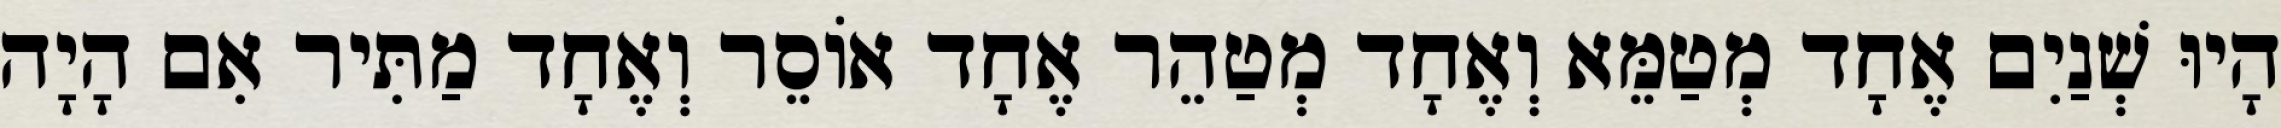
הָיוּ שְׁנַיִם אֶחָד מְטַמֵּא וְאֶחָד מְטַהֵר אֶחָד אוֹסֵר וְאֶחָד מַתִּיר אִם הָיָה